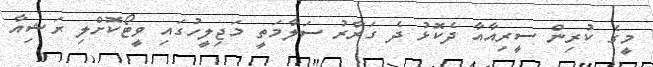
މީގެ ކުރިން ސީރިއާއާ ދެކޮޅު ދެ ގަރާރު ސަލާމަތީ މަޖިލީހުގައި ވީޓޯކޮށްލި ރަޝިއާ